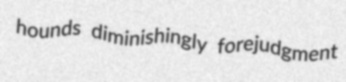
hounds diminishingly forejudgment